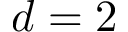
d = 2